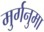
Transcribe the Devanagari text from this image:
मुर्गनुमा